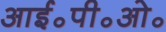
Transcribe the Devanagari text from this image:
आई॰पी॰ओ॰